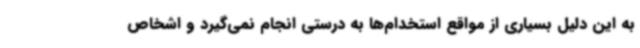
به این دلیل بسیاری از مواقع استخدام‌ها به درستی انجام نمی‌گیرد و اشخاص